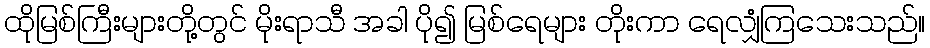
ထိုမြစ်ကြီးများတို့တွင် မိုးရာသီ အခါ ပို၍ မြစ်ရေများ တိုးကာ ရေလျှံကြသေးသည်။